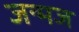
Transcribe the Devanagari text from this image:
जन्मज